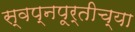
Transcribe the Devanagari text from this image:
स्वप्नपूर्तीच्या